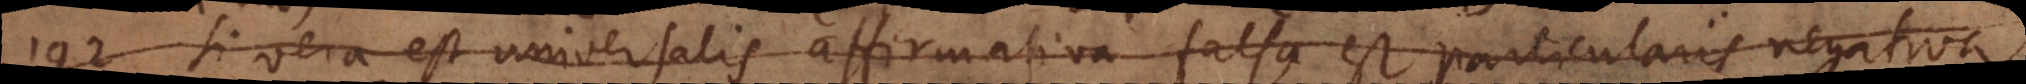
192) Si vera est universalis affirmativa falsa est particularis negativa